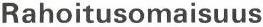
Rahoitusomaisuus